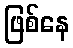
ဖြစ်နေ